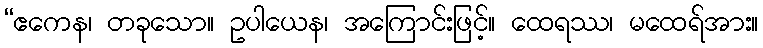
“ဧကေန၊ တခုသော။ ဥပါယေန၊ အကြောင်းဖြင့်။ ထေရဿ၊ မထေရ်အား။